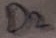
Text: D2